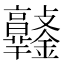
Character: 𨰯